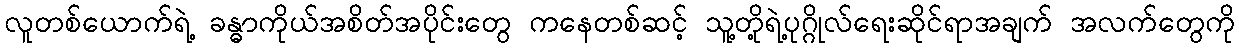
လူတစ်ယောက်ရဲ့ ခန္ဓာကိုယ်အစိတ်အပိုင်းတွေ ကနေတစ်ဆင့် သူ့တို့ရဲ့ပုဂ္ဂိုလ်ရေးဆိုင်ရာအချက် အလက်တွေကို